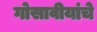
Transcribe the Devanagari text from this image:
गोसावीयांचे